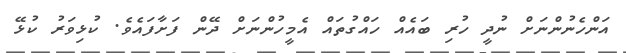
އަންހެނުންނަށް ނުދީ ހުރި ބައެއް ހައްގުތައް އެމީހުންނަށް ދޭން ފަށާފައެވެ. ކުޅިވަރު ކުޅޭ